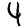
Digit: 4